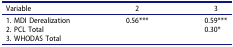
| Variable | 2 | 3 |
 | --- | --- | --- |
 | 1. MDI Derealization | 0.56*** | 0.59*** |
 | 2. PCL Total |  | 0.30* |
 | 3. WHODAS Total |  |  |